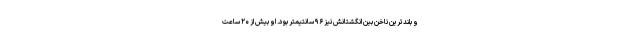
و بلندترین ناخن بین انگشتانش نیز ۹۶ سانتیمتر بود. او بیش از ۲۰ ساعت